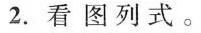
2.看图列式。